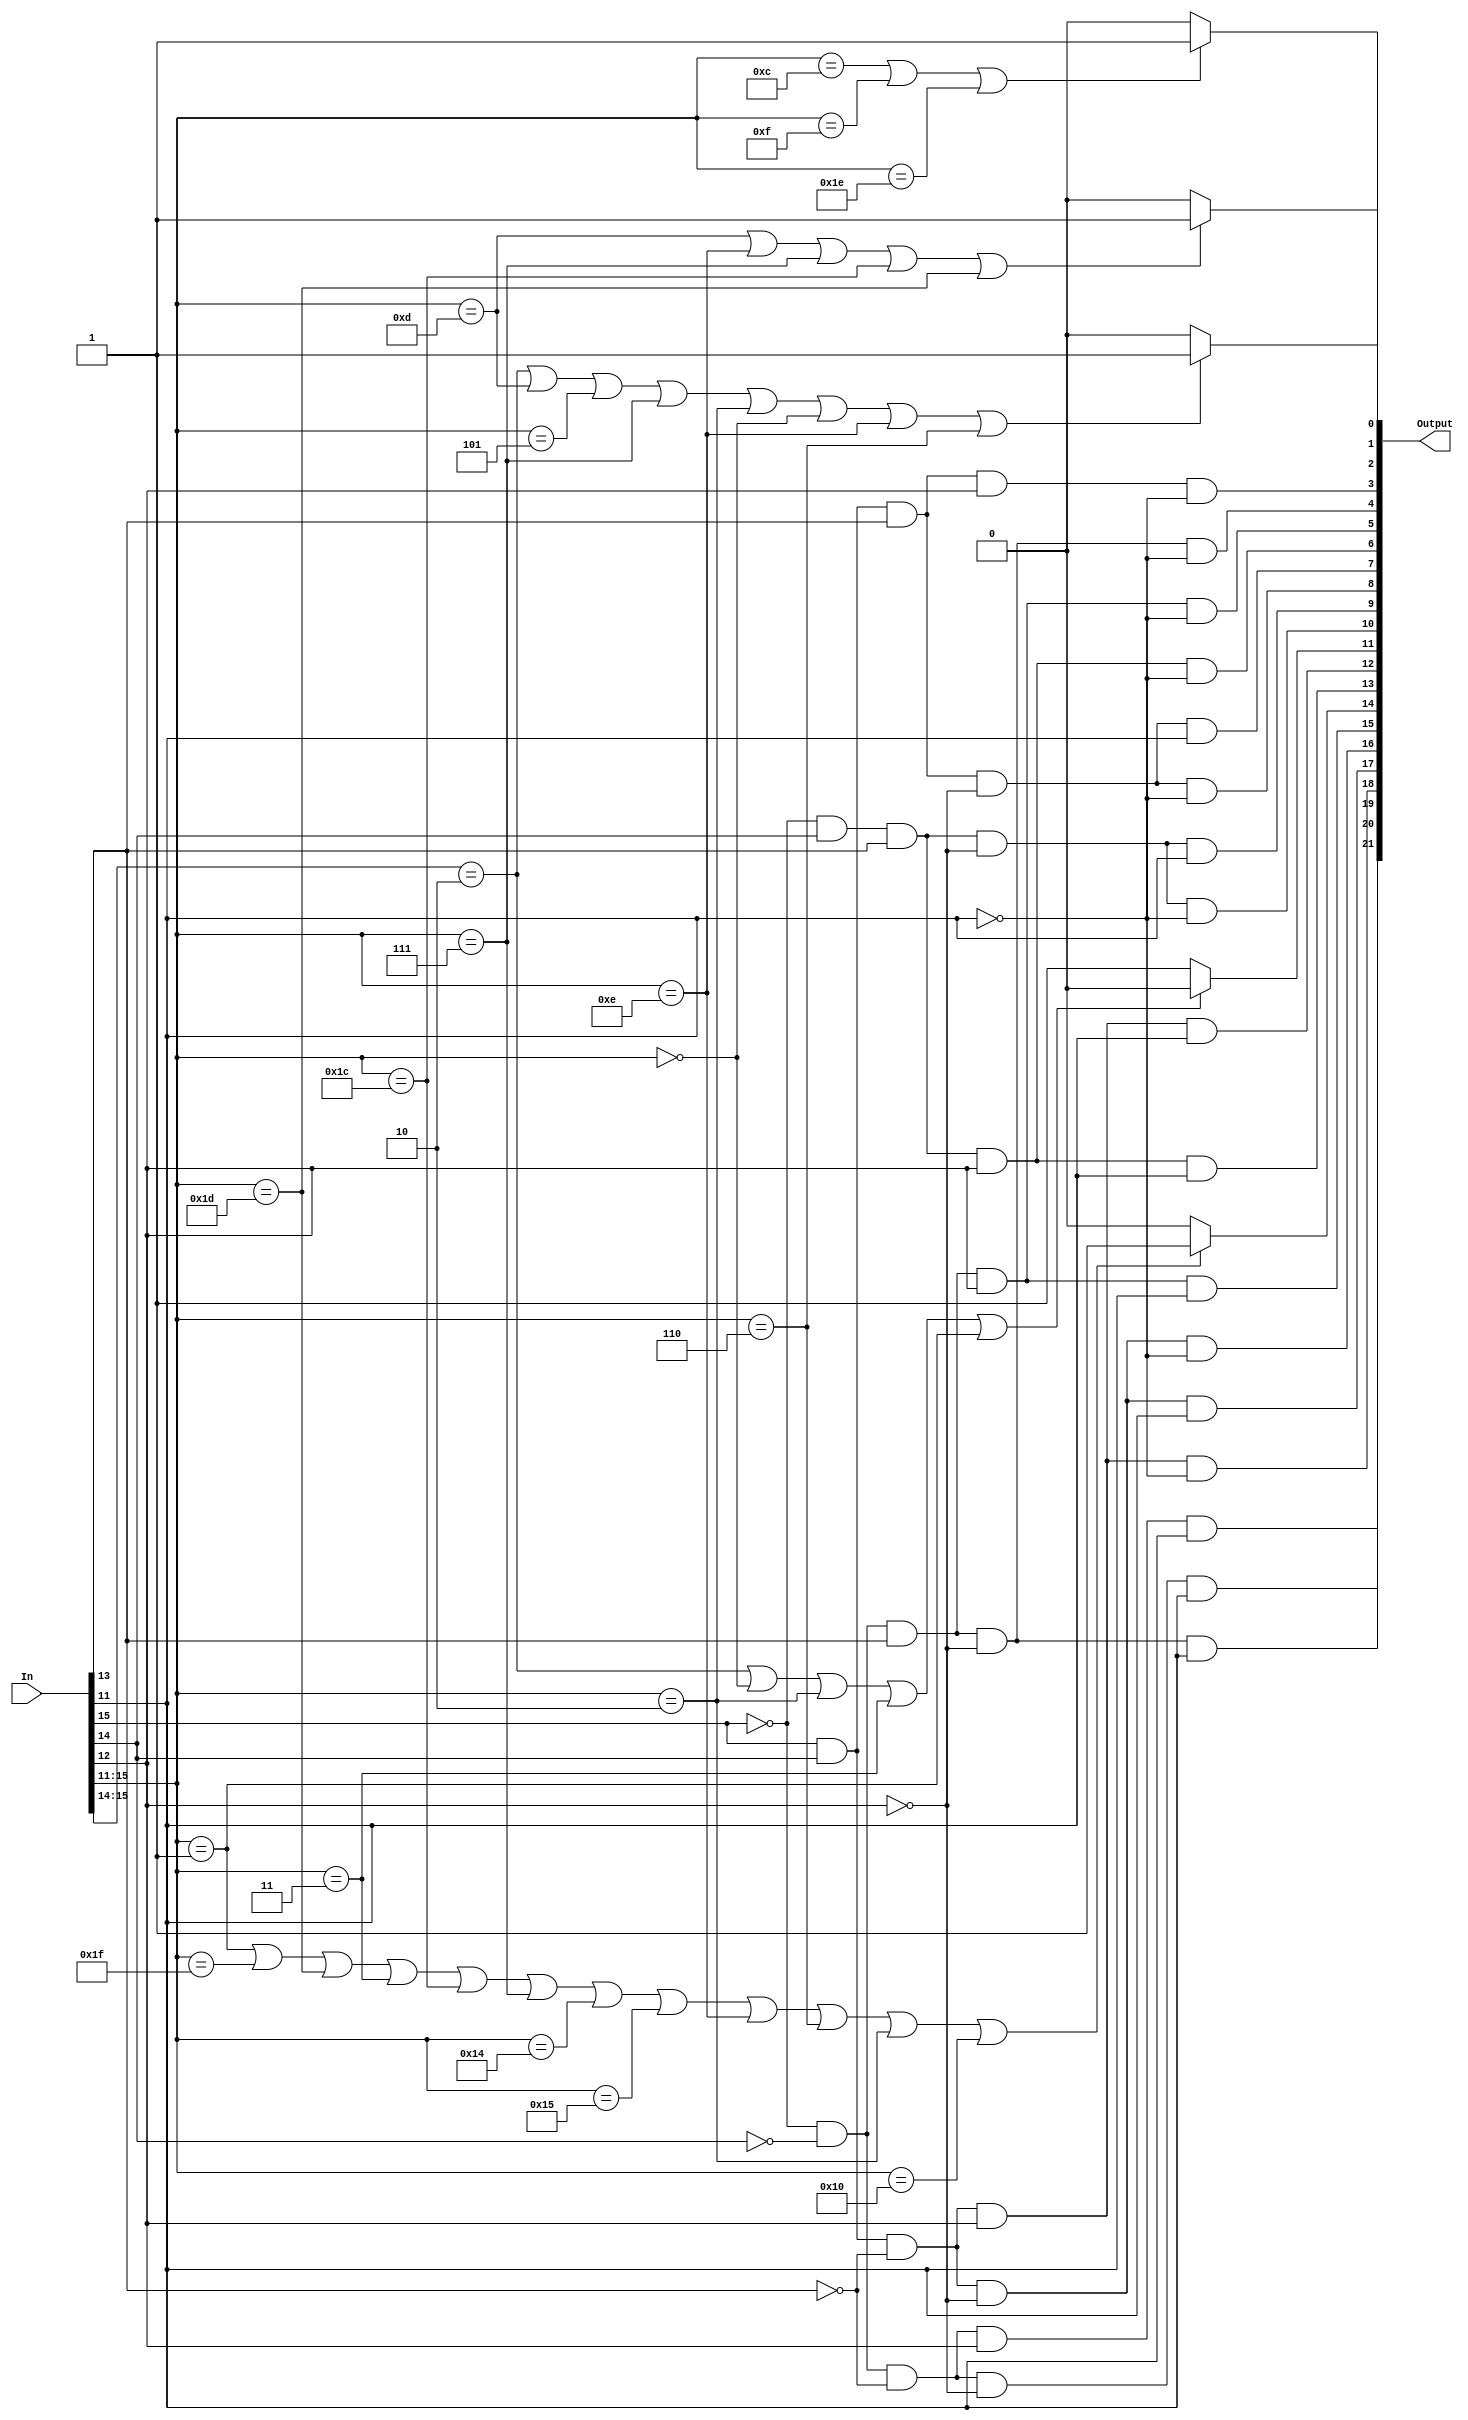
module control_unit(In,Output);
input [15:0]In;
output [21:0]Output;//kanet 15



//and(Output[15], ~In[15] , ~In[14], In[13] , In[12] , In[11]);//flags

//00101
and(Output[19], ~In[15] , ~In[14], In[13] , ~In[12] , In[11]);//mov
and(Output[18], In[15] , In[14], ~In[13] , In[12] , ~In[11]);//jc
and(Output[17], In[15] , In[14], ~In[13] , ~In[12] , In[11]);//jn
and(Output[16], In[15] , In[14], ~In[13] , ~In[12] , ~In[11]);//jz



and(Output[15], ~In[15] , ~In[14], In[13] , In[12] , In[11]);//ldm
assign Output[14]=(In[15:11]==5'b00001||//setc
In[15:11]==5'b11111||//nop
In[15:11]==5'b11101||//rti
In[15:11]==5'b00011||//clrc
In[15:11]==5'b11100||//ret
In[15:11]==5'b00111||//ldm
In[15:11]==5'b10100||//shl
In[15:11]==5'b10101||//shr
In[15:11]==5'b01110||//ldd
In[15:11]==5'b00110||//in
In[15:11]==5'b00010||//inc
In[15:11]==5'b10000  //dec
)?1:0;//immmediate or single operand inst
and(Output[13], ~In[15] ,  In[14], In[13] , In[12] ,  In[11]);//std   
and(Output[12], In[15] , In[14], ~In[13] , In[12] , In[11]);//jmp
assign Output[11]=(
In[15:14]==2'b10||//dec sub or and shl shr not
In[15:11]==5'b00000||//add
In[15:11]==5'b00010||//inc
In[15:11]==5'b00011||//clc
In[15:11]==5'b00001//setc
)?0:1;//flag saving
//13
//12
and(Output[10], ~In[15] ,  In[14], In[13] , ~In[12] , ~In[11]);//push
and(Output[9], ~In[15] ,  In[14], In[13] , ~In[12] , In[11]);//pop
and(Output[8], In[15] , In[14], In[13] , ~In[12] , ~In[11]);//ret
and(Output[7], In[15] , In[14], In[13] , ~In[12] , In[11]);//rti
and(Output[6], ~In[15] ,  In[14], In[13] , In[12] , ~In[11]);//ldd 
and(Output[5], ~In[15] , ~In[14], In[13] , In[12] , ~In[11]);//In
and(Output[4], ~In[15] , ~In[14], In[13] , ~In[12] , ~In[11]);//out
//4
and(Output[3], In[15] , In[14], In[13] , In[12] , ~In[11]);//call 11110
//and(Output[2], ~In[15] , In[14] , In[13] , ~In[11]);//mem read
assign Output[2] = (
In[15:11] == 5'b01101 || //pop
In[15:11] == 5'b01110 || //ldd
In[15:11] == 5'b00111 || //ldm
In[15:11] == 5'b11100 || //ret
In[15:11] == 5'b11101    //rti
)?1:0;
//and(Output[1], ~In[15] , In[14] , In[13] , In[11]);//mem write
assign Output[1] = (
In[15:11] == 5'b01100 || //push
In[15:11] == 5'b01111 || //store
In[15:11] == 5'b11110    //call
)?1:0;
assign Output[0]=(In[15:14]==2'b10||
In[15:11]==5'b01101||
In[15:11]==5'b00101||
In[15:11]==5'b00111||
In[15:11]==5'b00010||
In[15:11]==5'b00000||
In[15:11]==5'b01110||
In[15:11]==5'b00110
)?1:0;//WB


//////////////////////////////////////////
////////SET CARRY 
and(Output[20], ~In[15] , ~In[14], ~In[13] , ~In[12] , In[11]);//SetC
and(Output[21], ~In[15] , ~In[14], ~In[13] , In[12] , In[11]);//ClrC





endmodule